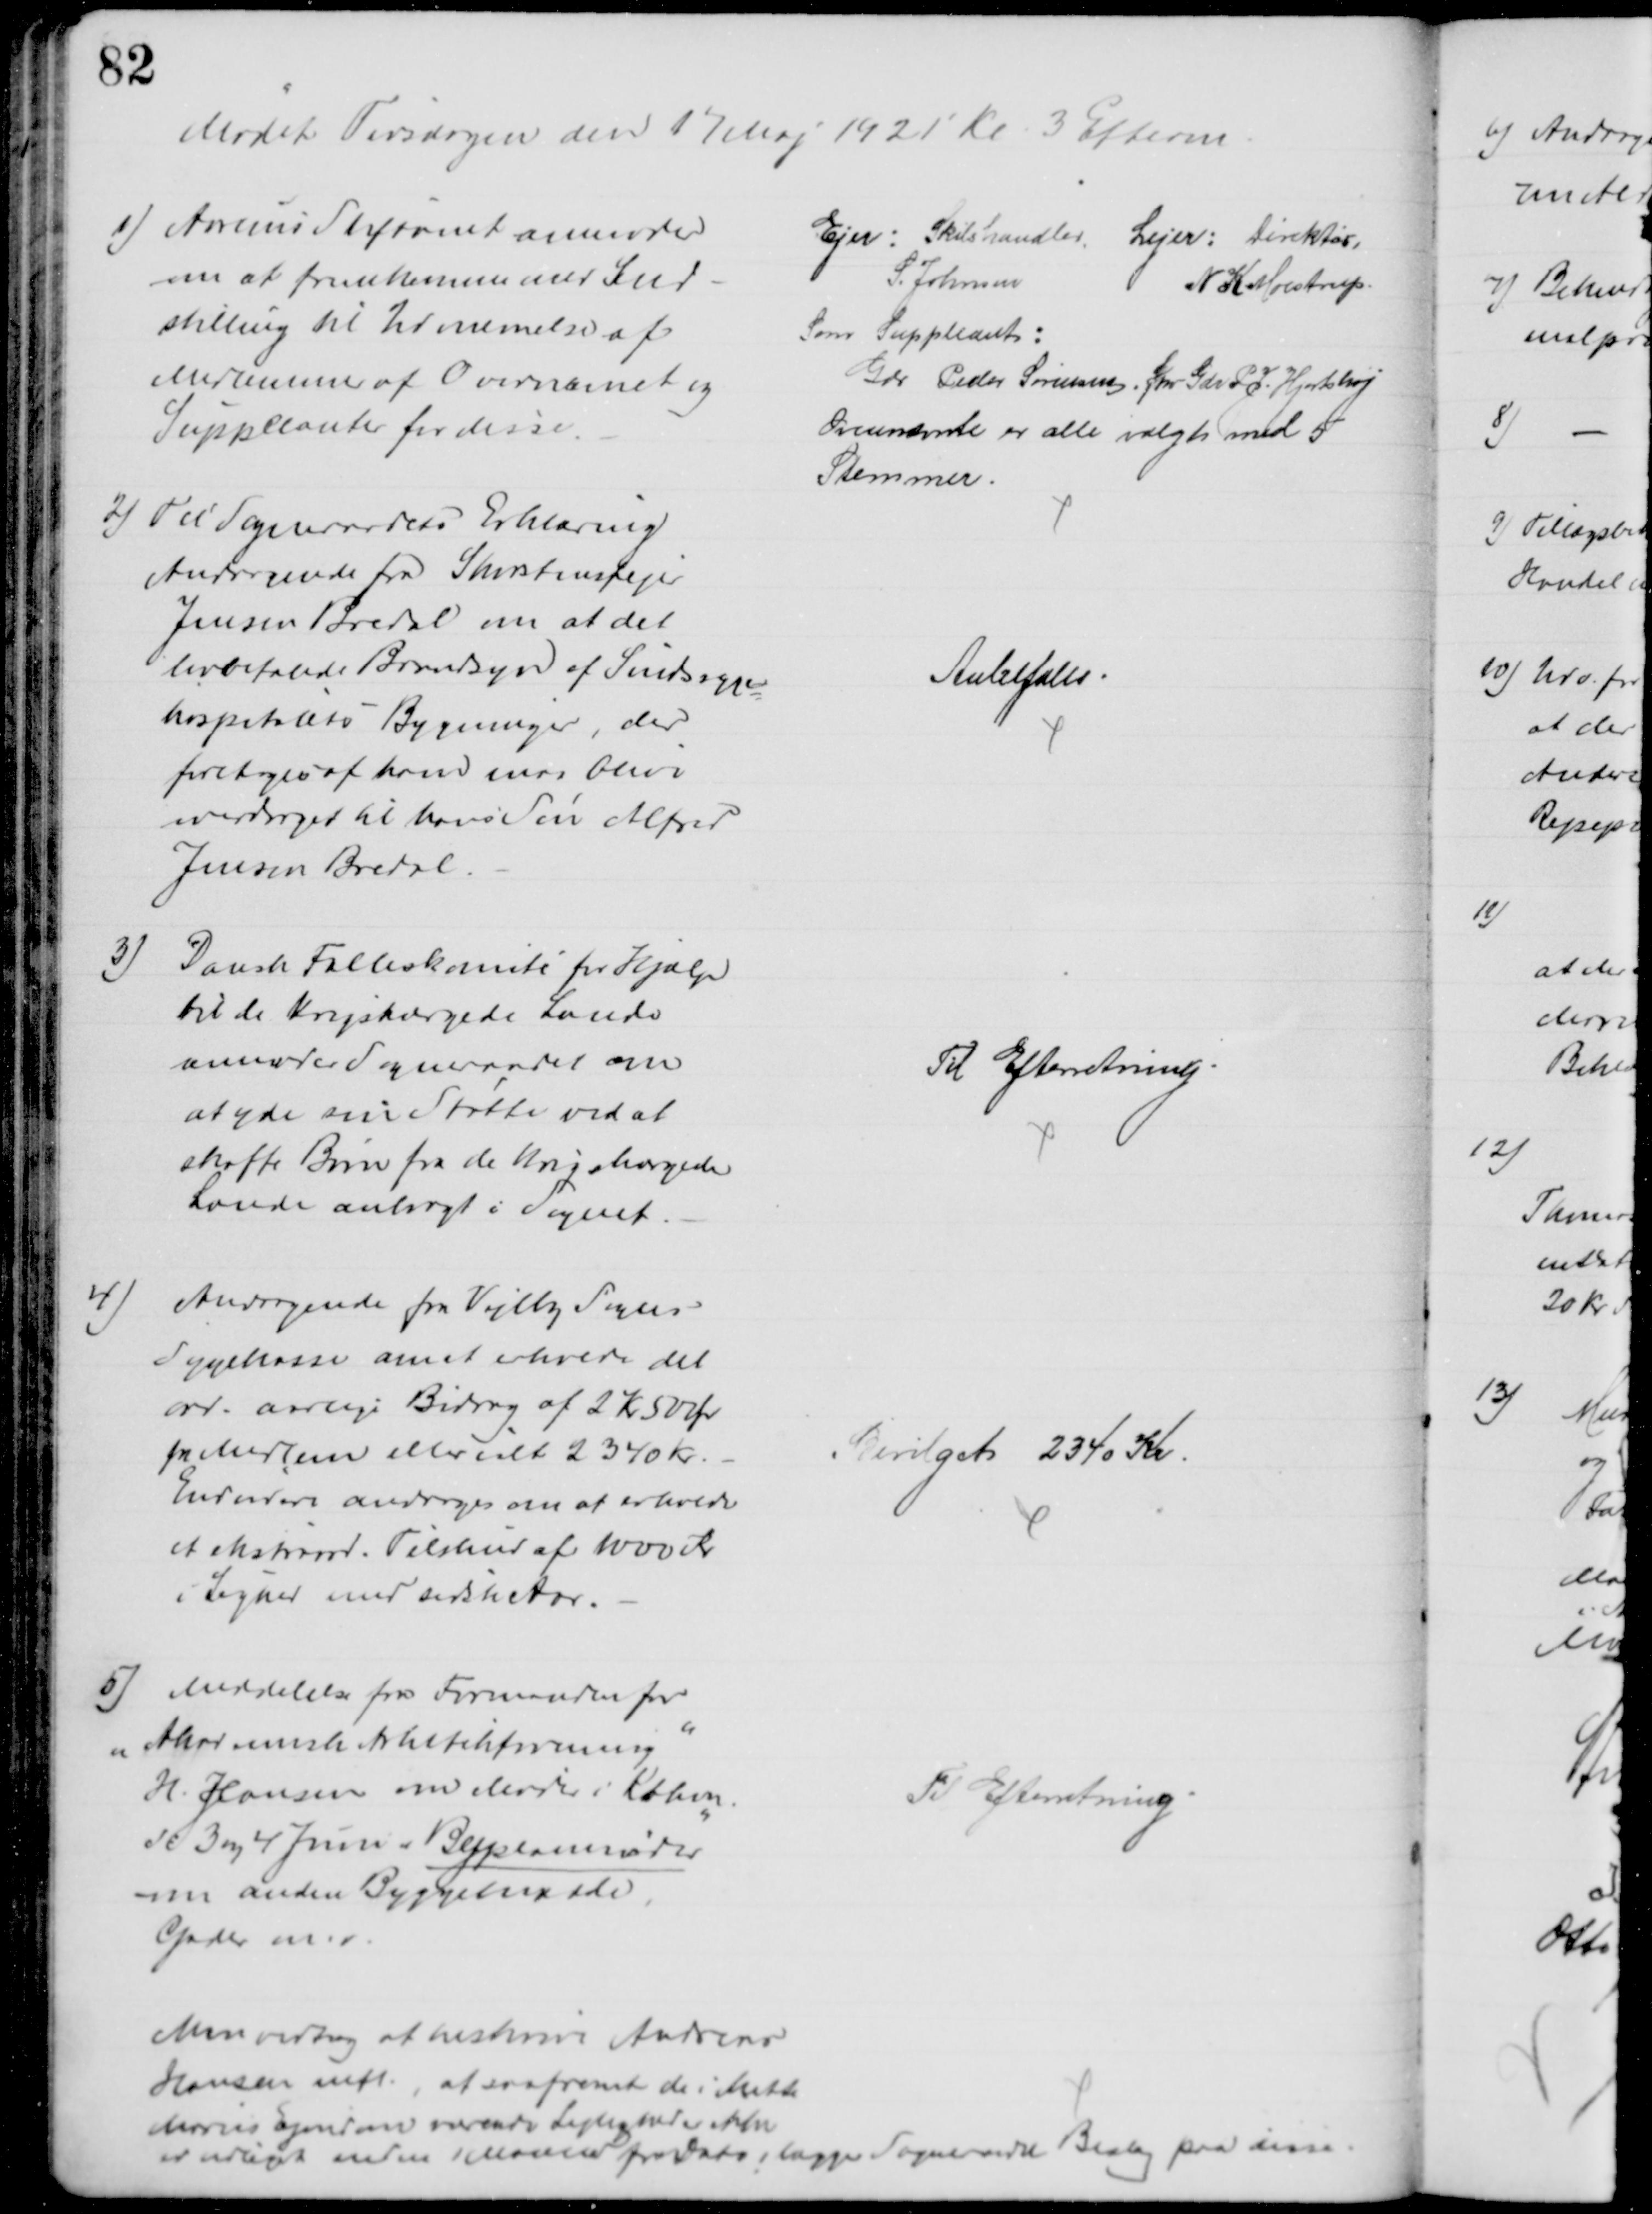
Transskription:
Mødet Tirsdagen den 17 Maj 1921 Kl. 3 Efterm.
1) Aarhus Stiftamt anmoder
om at fremkomme med Ind-
stilling til Udnævnelse af
Medlemmer af Overnævnet og
Suppleanter for disse.
Ejer: Skibshandler
S. Johnsen
Lejer: Direktør,
N K Moestrup
Som Suppleant:
Gdr. Peder Sørensen, fhv Gdr. P J. Hjortshøj
Ovennævnte er alle valgt med 5
Stemmer.
2) Til Sogneraadets Erklæring
Andragende fra Skorstensfejer
Jensen Bredal om at det
lovbefalede Brandsyn af Sindsyge
=
hospitalets Bygninger, der
foretoges af ham maa blive
overdraget til hans Søn Alfred
Jensen Bredal.
Anbefales.
3)
Dansk Fælleskomité for Hjælp
til de krigshærgede Lande
anmoder Sogneraadet om
at yde sin Støtte ved at
skaffe Børn fra de krigshærgede
Lande anbragt i Sognet.
Til Efterretning.
4)
Andragende fra Vejlby Sogns
Sygekasse om at erholde det
ord. aarlige Bidrag af 2 Kr 50 Ør
pr Medlem eller ialt 2340 Kr.
Endvidere androges om at erholde
et ekstraord. Tilskud af 1000 Kr.
i Lighed med sidste Aar.
Bevilget 2340 Kr.
5)
Meddelelse fra Formanden for
" Akademisk Arkitekforening"
H. Hansen om Møder i Kbhvn.
d: 3 og 4 Juni "Byplanmøder"
om anden Byggemaade,
Gader m.v.
Til Efterretning.
Men vedtog at tilskrive Andreas
Hansen mfl., at saafremt de i Mette
Maries Ejendom værende Lejligheder ikke
er udlejet inden 1 Maaned fra Dato, lægger Sogneraadet Beslag paa disse.